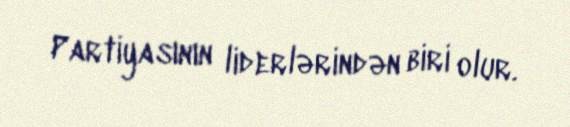
Partiyasının liderlərindən biri olur.